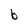
Character: b